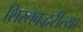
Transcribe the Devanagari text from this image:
शिस्तबद्धरीत्या